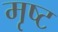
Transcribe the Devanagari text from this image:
मृष्ट